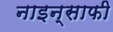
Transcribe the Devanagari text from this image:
नाइन्साफी